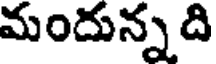
మందున్న ది